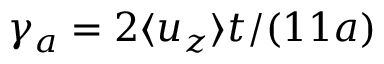
\gamma _ { a } = 2 \langle u _ { z } \rangle t / ( 1 1 a )